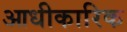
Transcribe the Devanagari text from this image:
आधीकारिक